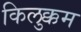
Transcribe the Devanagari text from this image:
किलुक्कम